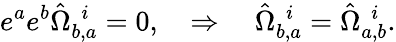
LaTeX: e^{a}e^{b}\hat{\Omega}_{b,a}^{~~i}=0,\quad\Rightarrow\quad\hat{\Omega}_{b,a}^{~~i}=\hat{\Omega}_{a,b}^{~~i}.